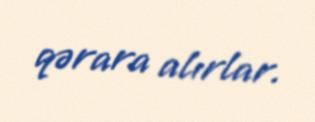
qərara alırlar.